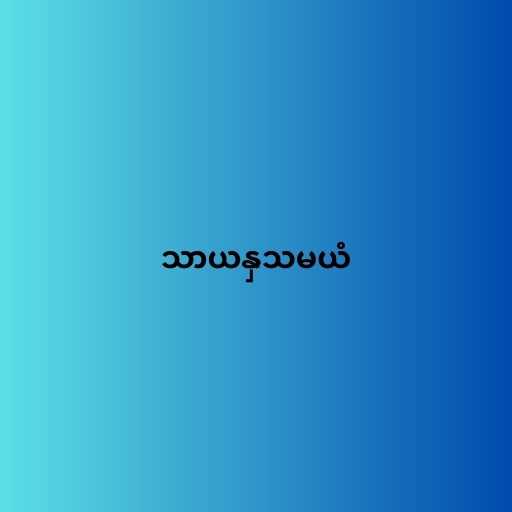
သာယနှသမယံ